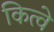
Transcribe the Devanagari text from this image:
कित्वे